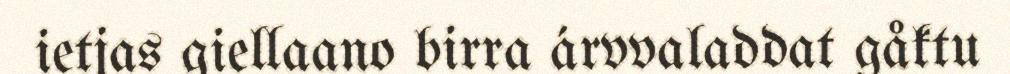
ietjas giellaano birra árvvaladdat gåktu